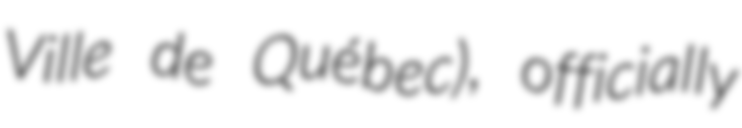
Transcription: Ville de Québec), officially